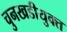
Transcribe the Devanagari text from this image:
चुनखडीयुक्त